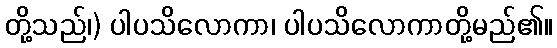
တို့သည်၊) ပါပသိလောကာ၊ ပါပသိလောကာတို့မည်၏။